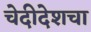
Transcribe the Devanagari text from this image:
चेदीदेशचा